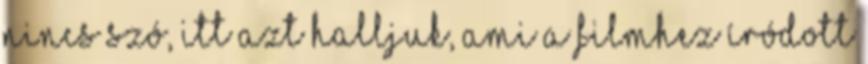
nincs szó, itt azt halljuk, ami a filmhez íródott